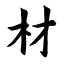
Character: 材